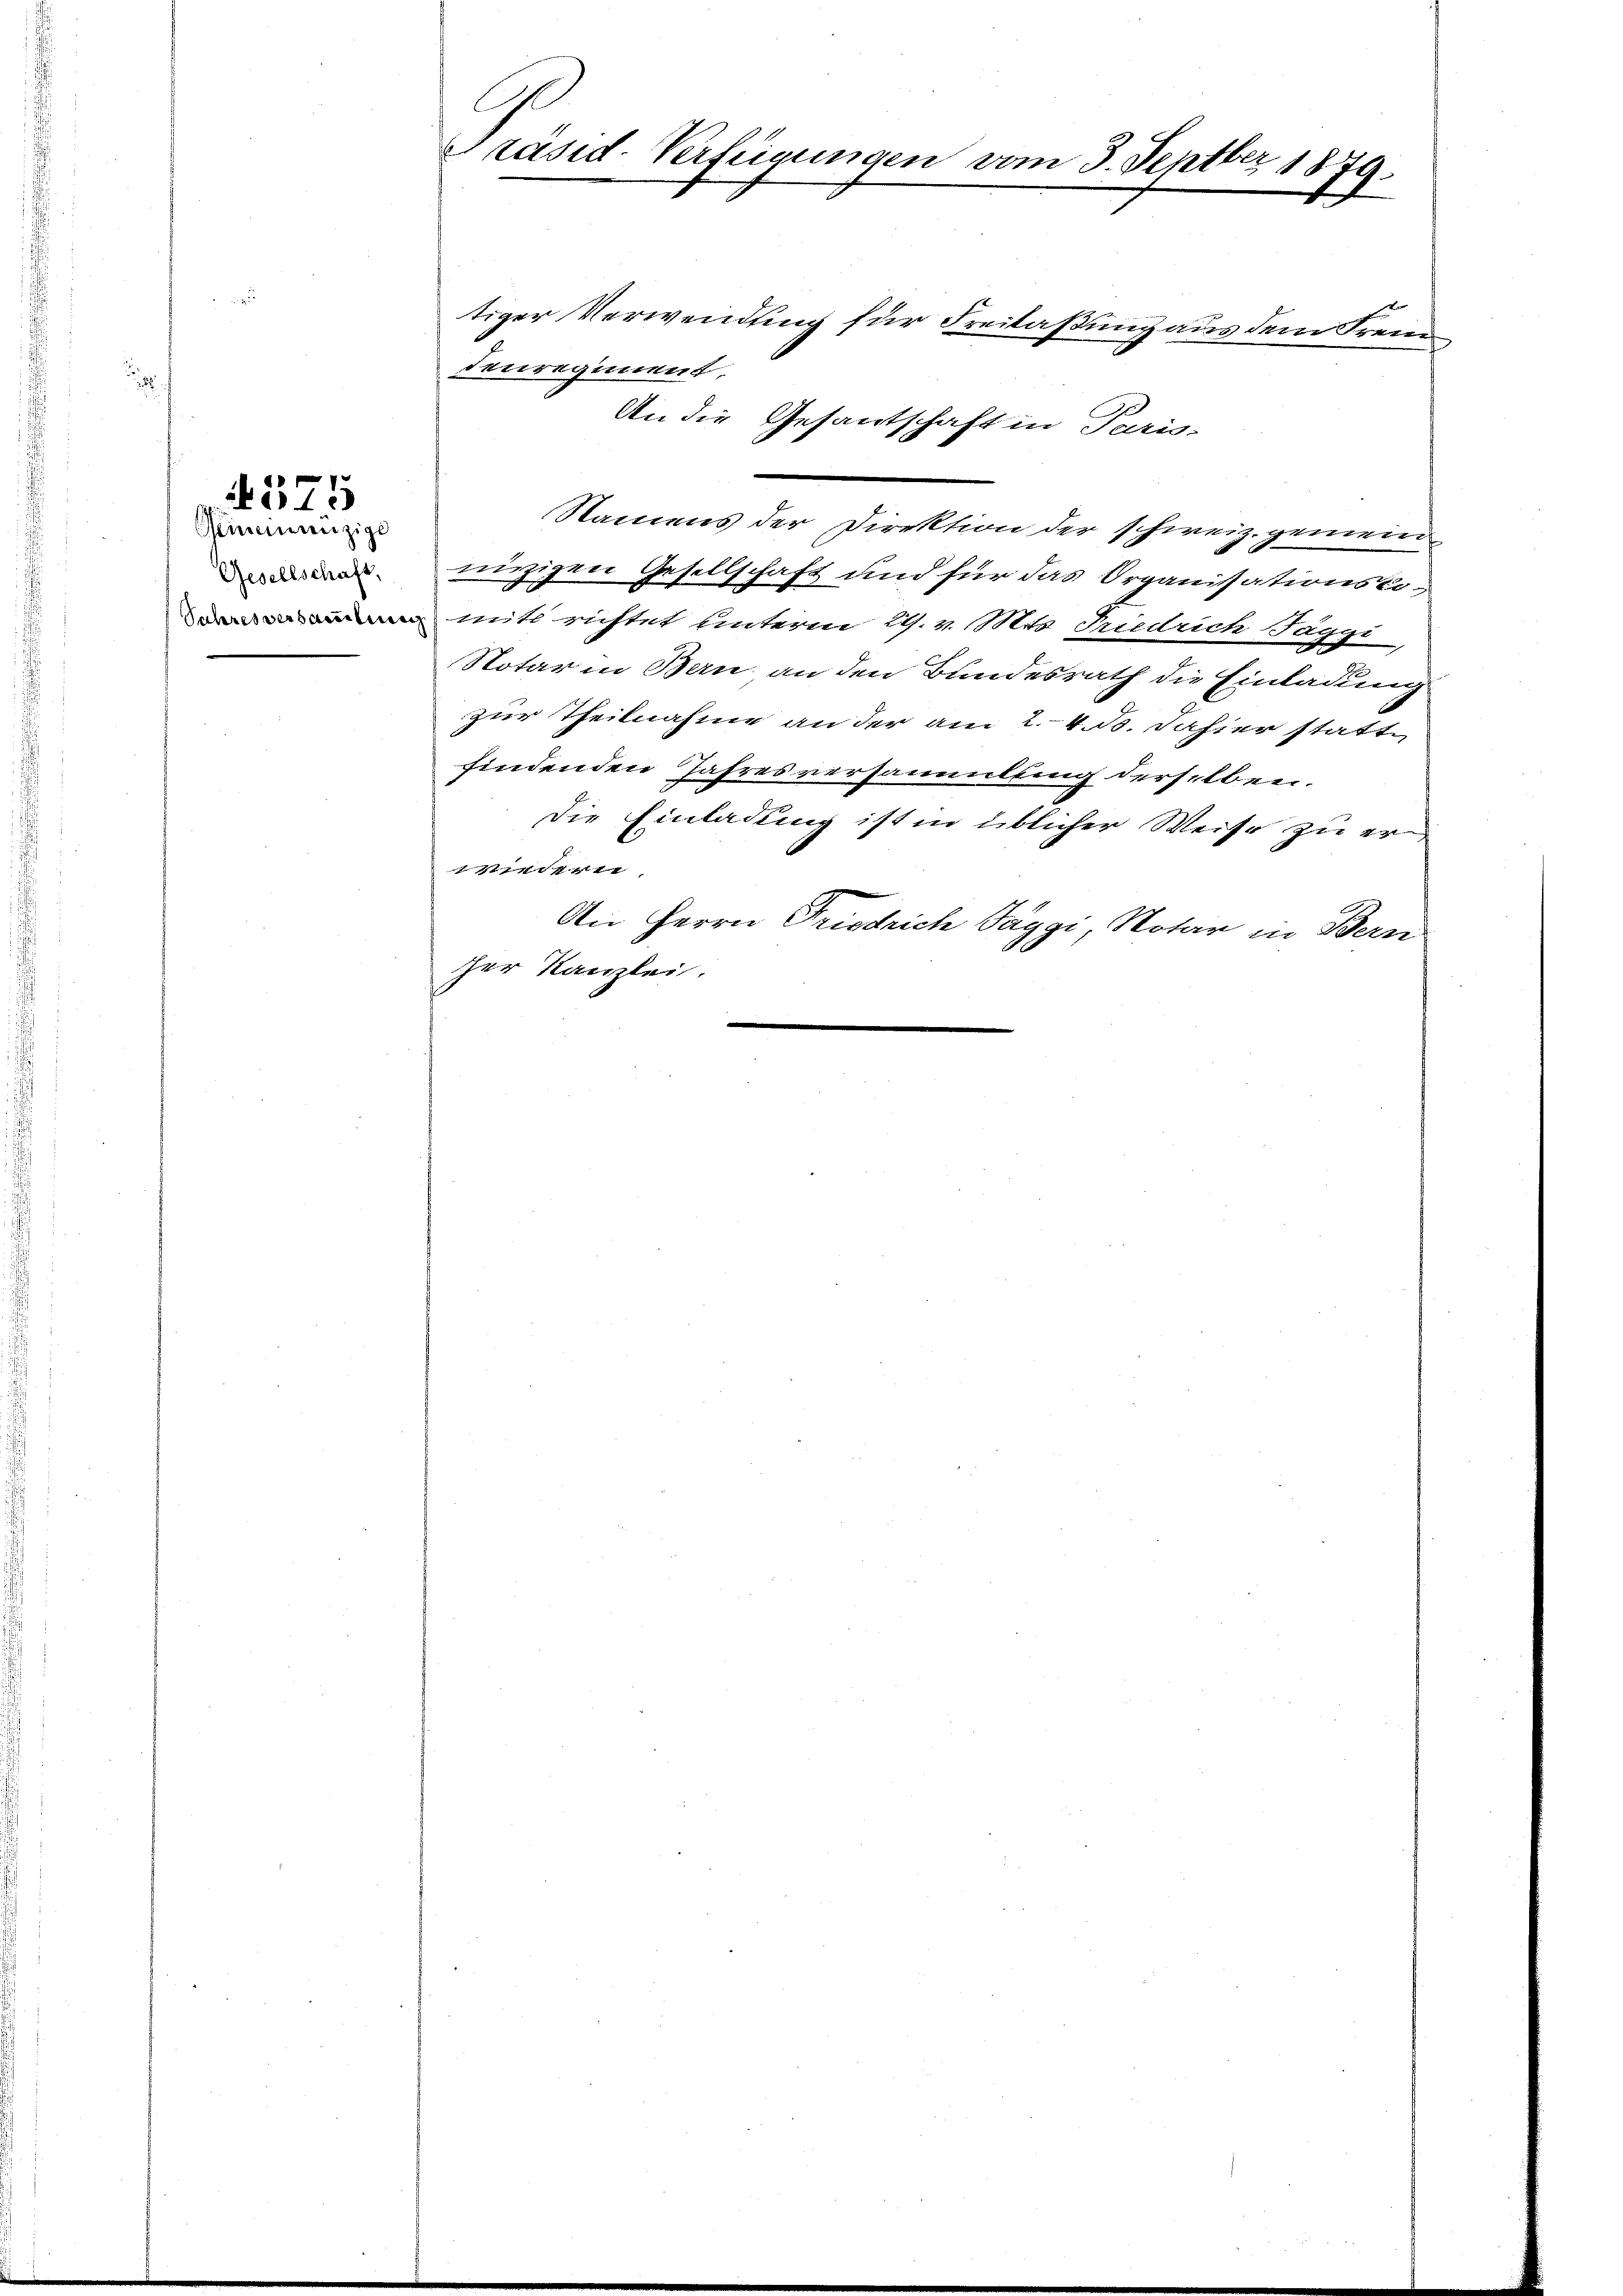
Gemeinenzige
Gesellschaft,
Suhres versamlung

4575

Präsid-Verfügungen vom 3. Septber 1879.

tiger Verwendung für Freilaßung aus dem Freien
denregiment.
An die Gesantschaft in Paris-
Namens der Direktion der schweiz. gemein
ninzigen Gesellschaft und für das Organisationskomit richtet unterm 29. v. Mts. Friedrich Taggi,
Notar in Bern, an den Bundesrath die Einladung
zur Theilnahme an der am 2. 4. B. dahier statte
findenden Jahresversammlung derselben.
Die Einladung ist in üblicher Weise zu erwiedern,
An Herrn Friedrich Taggi, Notar in Bern
sher Kanzlei.